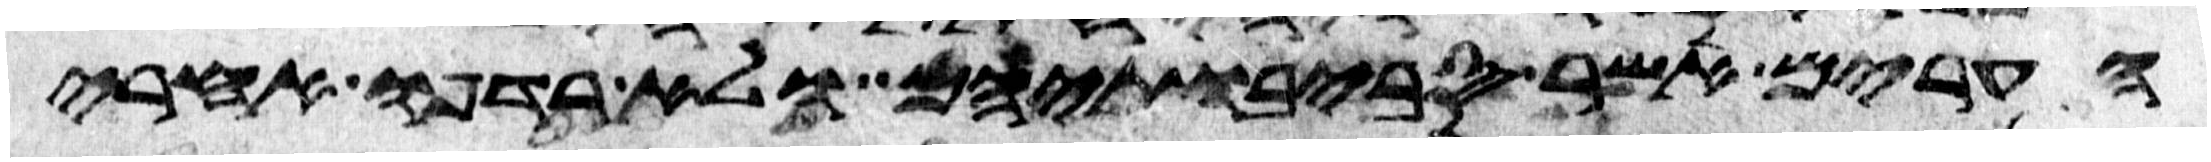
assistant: הערים אשר סביבתיהם ולא רדפו אחרי